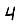
Digit: 4